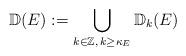
LaTeX: \begin{align*}{\mathbb{D}}(E):=\bigcup_{k\in{\mathbb{Z}},\,k\geq\kappa_E}{\mathbb{D}}_k(E)\end{align*}